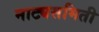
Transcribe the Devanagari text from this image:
नाट्यसमिती